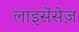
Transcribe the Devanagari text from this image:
लाइसेंसेज़